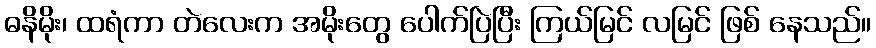
ဓနိမိုး၊ ထရံကာ တဲလေးက အမိုးတွေ ပေါက်ပြဲပြီး ကြယ်မြင် လမြင် ဖြစ် နေသည်။